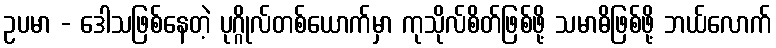
ဥပမာ - ဒေါသဖြစ်နေတဲ့ ပုဂ္ဂိုလ်တစ်ယောက်မှာ ကုသိုလ်စိတ်ဖြစ်ဖို့ သမာဓိဖြစ်ဖို့ ဘယ်လောက်